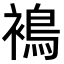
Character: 𧜣